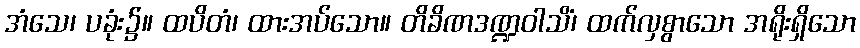
အံသေ၊ ပခုံး၌။ ထပိတံ၊ ထားအပ်သော။ တိခိဏဒဏ္ဍဝါသိံ၊ ထက်လှစွာသော အရိုးရှိသော